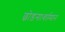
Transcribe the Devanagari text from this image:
छोड़ना।वर्तमान